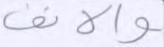
والأنف